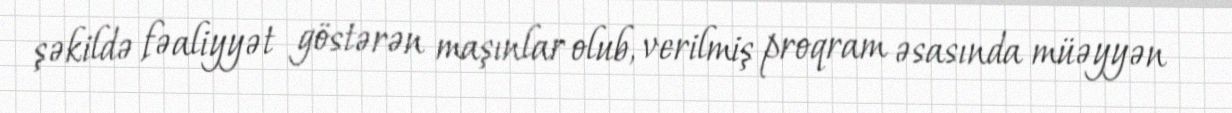
şəkildə fəaliyyət göstərən maşınlar olub, verilmiş proqram əsasında müəyyən